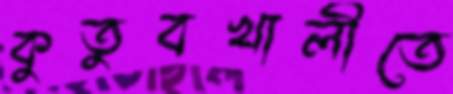
কুতুবখালীতে